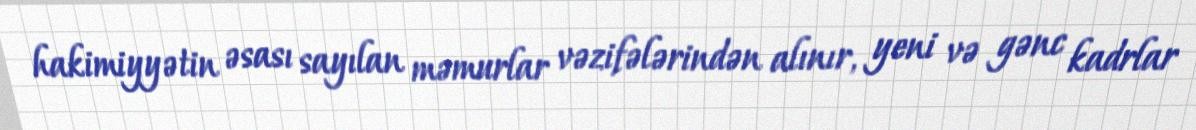
hakimiyyətin əsası sayılan məmurlar vəzifələrindən alınır, yeni və gənc kadrlar